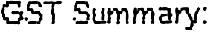
GST SUMMARY: